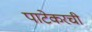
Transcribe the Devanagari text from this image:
पाटेकरची